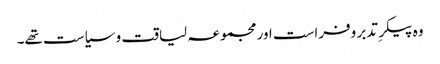
وہ پیکرِ تدبر وفراست اور مجموعہ لیاقت و سیاست تھے۔